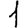
Digit: 1